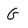
Character: G